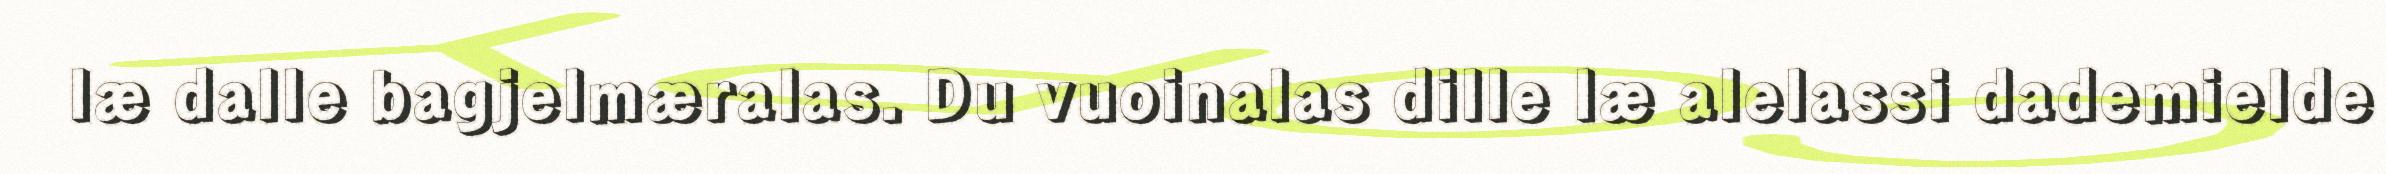
læ dalle bagjelmæralas. Du vuoinalas dille læ alelassi dademielde